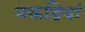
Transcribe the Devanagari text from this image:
मकडियां